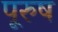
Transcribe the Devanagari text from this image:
पूरुष